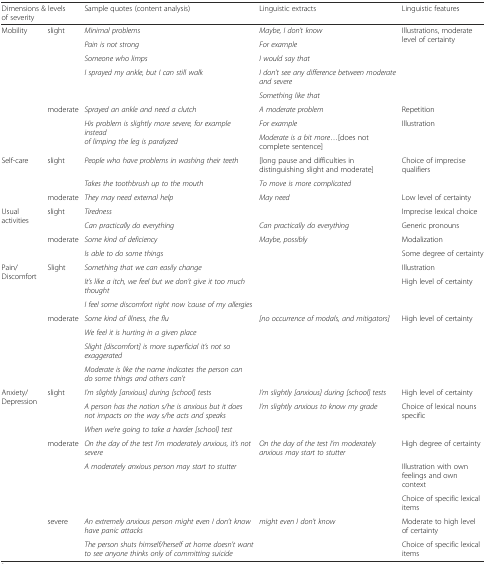
<table><thead><tr><td colspan="2"><b>Dimensions &amp; levels of severity</b></td><td><b>Sample quotes (content analysis)</b></td><td><b>Linguistic extracts</b></td><td><b>Linguistic features</b></td></tr></thead><tbody><tr><td rowspan="8">Mobility</td><td rowspan="5">slight</td><td><i>Minimal problems</i></td><td><i>Maybe, I don’t know</i></td><td rowspan="5">Illustrations, moderate level of certainty</td></tr><tr><td><i>Pain is not strong</i></td><td><i>For example</i></td></tr><tr><td><i>Someone who limps</i></td><td><i>I would say that</i></td></tr><tr><td rowspan="2"><i>I sprayed my ankle, but I can still walk</i></td><td><i>I don’t see any difference between moderate and severe</i></td></tr><tr><td><i>Something like that</i></td></tr><tr><td rowspan="3">moderate</td><td><i>Sprayed an ankle and need a clutch</i></td><td><i>A moderate problem</i></td><td>Repetition</td></tr><tr><td rowspan="2"><i>His problem is slightly more severe, for example instead of limping the leg is paralyzed</i></td><td><i>For example</i></td><td rowspan="2">Illustration</td></tr><tr><td><i>Moderate is a bit more</i>...[does not complete sentence]</td></tr><tr><td rowspan="3">Self-care</td><td rowspan="2">slight</td><td><i>People who have problems in washing their teeth</i></td><td>[long pause and difficulties in distinguishing slight and moderate]</td><td rowspan="2">Choice of imprecise qualifiers</td></tr><tr><td><i>Takes the toothbrush up to the mouth</i></td><td><i>To move is more complicated</i></td></tr><tr><td>moderate</td><td><i>They may need external help</i></td><td><i>May need</i></td><td>Low level of certainty</td></tr><tr><td rowspan="4">Usual activities</td><td rowspan="2">slight</td><td><i>Tiredness</i></td><td></td><td>Imprecise lexical choice</td></tr><tr><td><i>Can practically do everything</i></td><td><i>Can practically do everything</i></td><td>Generic pronouns</td></tr><tr><td rowspan="2">moderate</td><td><i>Some kind of deficiency</i></td><td><i>Maybe, possibly</i></td><td>Modalization</td></tr><tr><td><i>Is able to do some things</i></td><td></td><td>Some degree of certainty</td></tr><tr><td rowspan="7">Pain/Discomfort</td><td rowspan="3">Slight</td><td><i>Something that we can easily change</i></td><td></td><td>Illustration</td></tr><tr><td><i>It’s like a itch, we feel but we don’t give it too much thought</i></td><td rowspan="2"></td><td rowspan="2">High level of certainty</td></tr><tr><td><i>I feel some discomfort right now ‘cause of my allergies</i></td></tr><tr><td rowspan="4">moderate</td><td><i>Some kind of illness, the flu</i></td><td rowspan="4"><i>[no occurrence of modals, and mitigators]</i></td><td rowspan="4">High level of certainty</td></tr><tr><td><i>We feel it is hurting in a given place</i></td></tr><tr><td><i>Slight [discomfort] is more superficial it’s not so exaggerated</i></td></tr><tr><td><i>Moderate is like the name indicates the person can do some things and others can’t</i></td></tr><tr><td rowspan="9">Anxiety/Depression</td><td rowspan="3">slight</td><td><i>I’m slightly [anxious] during [school] tests</i></td><td><i>I’m slightly [anxious] during [school] tests</i></td><td>High level of certainty</td></tr><tr><td><i>A person has the notion s/he is anxious but it does not impacts on the way s/he acts and speaks</i></td><td rowspan="2"><i>I’m slightly anxious to know my grade</i></td><td rowspan="2">Choice of lexical nouns specific</td></tr><tr><td><i>When we’re going to take a harder [school] test</i></td></tr><tr><td rowspan="3">moderate</td><td><i>On the day of the test I’m moderately anxious, it’s not severe</i></td><td><i>On the day of the test I’m moderately anxious may start to stutter</i></td><td>High degree of certainty</td></tr><tr><td rowspan="2"><i>A moderately anxious person may start to stutter</i></td><td rowspan="2"></td><td>Illustration with own feelings and own context</td></tr><tr><td>Choice of specific lexical items</td></tr><tr><td rowspan="3">severe</td><td rowspan="2"><i>An extremely anxious person might even I don’t know have panic attacks</i></td><td rowspan="3"><i>might even I don’t know</i></td><td>Moderate to high level of certainty</td></tr><tr><td rowspan="2">Choice of specific lexical items</td></tr><tr><td><i>The person shuts himself/herself at home doesn’t want to see anyone thinks only of committing suicide</i></td></tr></tbody></table>